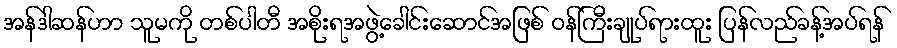
အန်ဒါဆန်ဟာ သူမကို တစ်ပါတီ အစိုးရအဖွဲ့ခေါင်းဆောင်အဖြစ် ဝန်ကြီးချုပ်ရားထူး ပြန်လည်ခန့်အပ်ရန်